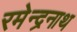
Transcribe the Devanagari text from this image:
रमेन्द्रनाथ